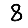
Digit: 8